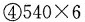
④$$540\times6$$